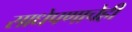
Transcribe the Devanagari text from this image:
साधेपणाचेही